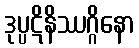
ဒုပ္ပဋိနိဿဂ္ဂိနော